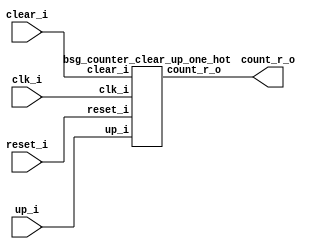


module top
(
  clk_i,
  reset_i,
  clear_i,
  up_i,
  count_r_o
);

  output [16:0] count_r_o;
  input clk_i;
  input reset_i;
  input clear_i;
  input up_i;

  bsg_counter_clear_up_one_hot
  wrapper
  (
    .count_r_o(count_r_o),
    .clk_i(clk_i),
    .reset_i(reset_i),
    .clear_i(clear_i),
    .up_i(up_i)
  );


endmodule



module bsg_counter_clear_up_one_hot
(
  clk_i,
  reset_i,
  clear_i,
  up_i,
  count_r_o
);

  output [16:0] count_r_o;
  input clk_i;
  input reset_i;
  input clear_i;
  input up_i;
  wire [16:0] count_r_o,bits_n;
  wire N0,N1,N2,N3,N4,N5,N6,N7,N8,N9,N10,N11,N12,N13,N14,N15,N16,N17,N18,N19,N20,N21,
  N22,N23,N24,N25,N26,N27,N28,N29,N30,N31,N32,N33,N34,N35,N36,N37,N38,N39,N40,N41,
  N42,N43,N44;
  reg count_r_o_16_sv2v_reg,count_r_o_15_sv2v_reg,count_r_o_14_sv2v_reg,
  count_r_o_13_sv2v_reg,count_r_o_12_sv2v_reg,count_r_o_11_sv2v_reg,count_r_o_10_sv2v_reg,
  count_r_o_9_sv2v_reg,count_r_o_8_sv2v_reg,count_r_o_7_sv2v_reg,count_r_o_6_sv2v_reg,
  count_r_o_5_sv2v_reg,count_r_o_4_sv2v_reg,count_r_o_3_sv2v_reg,
  count_r_o_2_sv2v_reg,count_r_o_1_sv2v_reg,count_r_o_0_sv2v_reg;
  assign count_r_o[16] = count_r_o_16_sv2v_reg;
  assign count_r_o[15] = count_r_o_15_sv2v_reg;
  assign count_r_o[14] = count_r_o_14_sv2v_reg;
  assign count_r_o[13] = count_r_o_13_sv2v_reg;
  assign count_r_o[12] = count_r_o_12_sv2v_reg;
  assign count_r_o[11] = count_r_o_11_sv2v_reg;
  assign count_r_o[10] = count_r_o_10_sv2v_reg;
  assign count_r_o[9] = count_r_o_9_sv2v_reg;
  assign count_r_o[8] = count_r_o_8_sv2v_reg;
  assign count_r_o[7] = count_r_o_7_sv2v_reg;
  assign count_r_o[6] = count_r_o_6_sv2v_reg;
  assign count_r_o[5] = count_r_o_5_sv2v_reg;
  assign count_r_o[4] = count_r_o_4_sv2v_reg;
  assign count_r_o[3] = count_r_o_3_sv2v_reg;
  assign count_r_o[2] = count_r_o_2_sv2v_reg;
  assign count_r_o[1] = count_r_o_1_sv2v_reg;
  assign count_r_o[0] = count_r_o_0_sv2v_reg;
  assign { N23, N22, N21, N20, N19, N18, N17, N16, N15, N14, N13, N12, N11, N10, N9, N8, N7 } = (N0)? { 1'b0, 1'b0, 1'b0, 1'b0, 1'b0, 1'b0, 1'b0, 1'b0, 1'b0, 1'b0, 1'b0, 1'b0, 1'b0, 1'b0, 1'b0, 1'b0, 1'b1 } : 
                                                                                                (N1)? count_r_o : 1'b0;
  assign N0 = clear_i;
  assign N1 = N6;
  assign { N41, N40, N39, N38, N37, N36, N35, N34, N33, N32, N31, N30, N29, N28, N27, N26, N25 } = (N2)? { N22, N21, N20, N19, N18, N17, N16, N15, N14, N13, N12, N11, N10, N9, N8, N7, N23 } : 
                                                                                                   (N3)? { N23, N22, N21, N20, N19, N18, N17, N16, N15, N14, N13, N12, N11, N10, N9, N8, N7 } : 1'b0;
  assign N2 = up_i;
  assign N3 = N24;
  assign bits_n = (N4)? { 1'b0, 1'b0, 1'b0, 1'b0, 1'b0, 1'b0, 1'b0, 1'b0, 1'b0, 1'b0, 1'b0, 1'b0, 1'b0, 1'b0, 1'b0, 1'b0, 1'b1 } : 
                  (N5)? { N41, N40, N39, N38, N37, N36, N35, N34, N33, N32, N31, N30, N29, N28, N27, N26, N25 } : 1'b0;
  assign N4 = reset_i;
  assign N5 = N42;
  assign N6 = ~clear_i;
  assign N24 = ~up_i;
  assign N42 = ~reset_i;
  assign N43 = N44 | clear_i;
  assign N44 = reset_i | up_i;

  always @(posedge clk_i) begin
    if(N43) begin
      count_r_o_16_sv2v_reg <= bits_n[16];
      count_r_o_15_sv2v_reg <= bits_n[15];
      count_r_o_14_sv2v_reg <= bits_n[14];
      count_r_o_13_sv2v_reg <= bits_n[13];
      count_r_o_12_sv2v_reg <= bits_n[12];
      count_r_o_11_sv2v_reg <= bits_n[11];
      count_r_o_10_sv2v_reg <= bits_n[10];
      count_r_o_9_sv2v_reg <= bits_n[9];
      count_r_o_8_sv2v_reg <= bits_n[8];
      count_r_o_7_sv2v_reg <= bits_n[7];
      count_r_o_6_sv2v_reg <= bits_n[6];
      count_r_o_5_sv2v_reg <= bits_n[5];
      count_r_o_4_sv2v_reg <= bits_n[4];
      count_r_o_3_sv2v_reg <= bits_n[3];
      count_r_o_2_sv2v_reg <= bits_n[2];
      count_r_o_1_sv2v_reg <= bits_n[1];
      count_r_o_0_sv2v_reg <= bits_n[0];
    end 
  end


endmodule